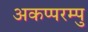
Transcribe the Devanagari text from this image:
अकप्परम्पु